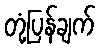
တုံ့ပြန်ချက်